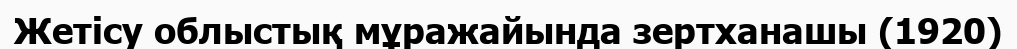
Жетісу облыстық мұражайында зертханашы (1920)